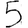
Digit: 5